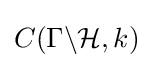
C(\Gamma \backslash {\mathcal {H}},k)